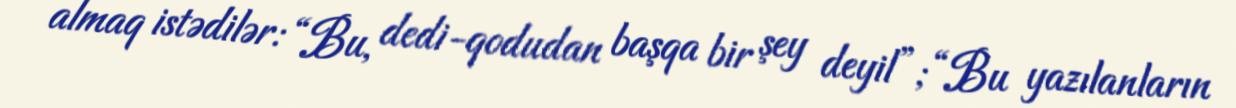
almaq istədilər: “Bu, dedi-qodudan başqa bir şey deyil”; “Bu yazılanların